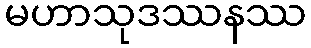
မဟာသုဒဿနဿ